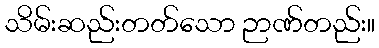
သိမ်းဆည်းတတ်သော ဉာဏ်တည်း။